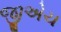
જીએચ